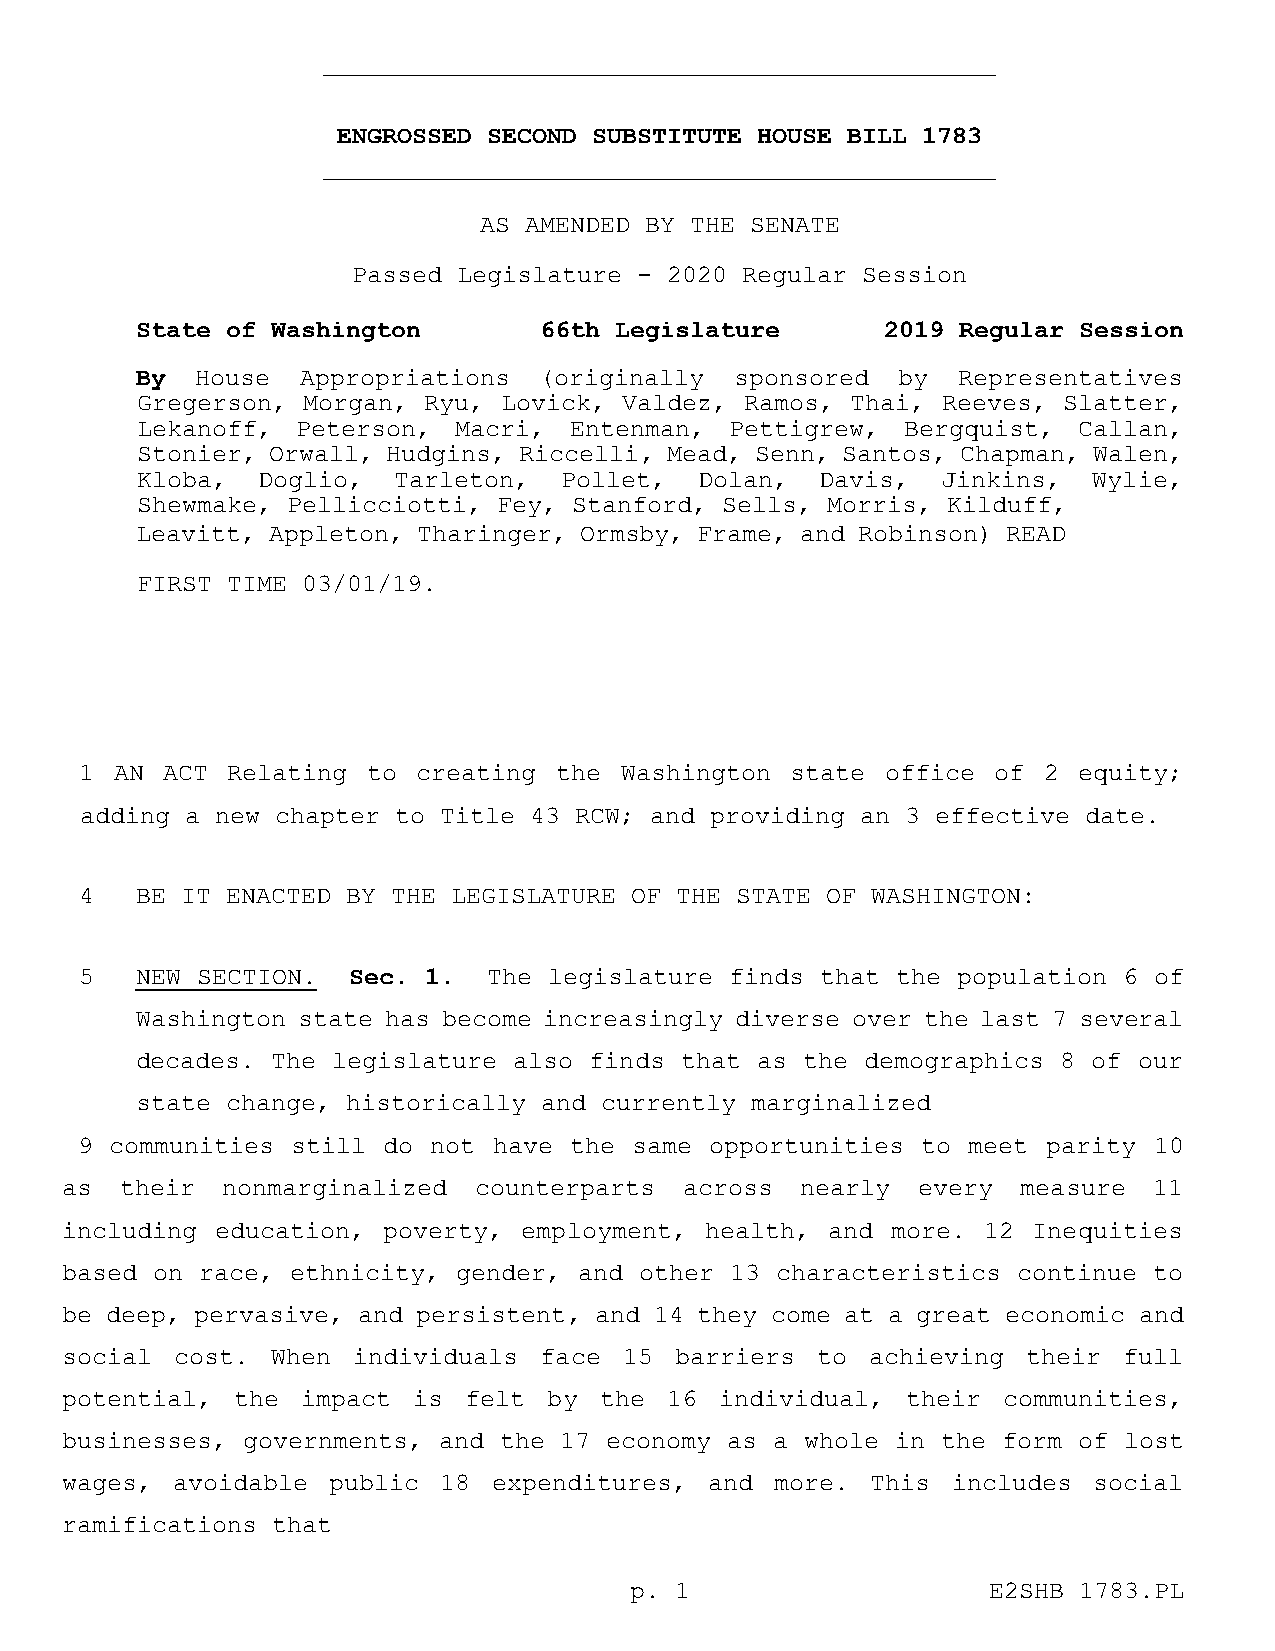
ENGROSSED SECOND SUBSTITUTE HOUSE BILL 1783
 AS AMENDED BY THE SENATE
 Passed Legislature - 2020 Regular Session
 State of Washington        66th Legislature       2019 Regular Session
 By  House  Appropriations  (originally  sponsored by  Representatives
 Gregerson, Morgan, Ryu, Lovick, Valdez, Ramos, Thai, Reeves, Slatter,
 Lekanoff,  Peterson, Macri,  Entenman, Pettigrew,  Bergquist, Callan,
 Stonier, Orwall, Hudgins, Riccelli, Mead, Senn, Santos, Chapman, Walen,
 Kloba,  Doglio,  Tarleton,  Pollet,  Dolan,  Davis,  Jinkins,  Wylie,
 Shewmake, Pellicciotti, Fey, Stanford, Sells, Morris, Kilduff,
 Leavitt, Appleton, Tharinger, Ormsby, Frame, and Robinson) READ
 FIRST TIME 03/01/19.
 1  AN ACT Relating to  creating the Washington state  office of 2 equity;
 adding a new chapter to Title 43 RCW; and providing an 3 effective date.
 4   BE IT ENACTED BY THE LEGISLATURE OF THE STATE OF WASHINGTON:
 5   NEW SECTION.  Sec. 1.  The legislature finds that the population 6 of
 Washington state has become increasingly diverse over the last 7 several
 decades. The legislature also finds that as the demographics 8 of our
 state change, historically and currently marginalized
 9 communities still do not  have the same opportunities to meet parity 10
 as  their  nonmarginalized counterparts  across  nearly  every  measure 11
 including education, poverty,  employment, health, and more. 12 Inequities
 based on race, ethnicity, gender, and other 13 characteristics continue to
 be deep, pervasive, and persistent, and 14 they come at a great economic and
 social  cost. When individuals  face 15  barriers to  achieving their full
 potential,  the impact is  felt by  the 16  individual, their communities,
 businesses, governments, and the 17 economy as a whole in the form of lost
 wages, avoidable  public 18  expenditures, and more.  This includes social
 ramifications that
 p. 1                   E2SHB 1783.PL